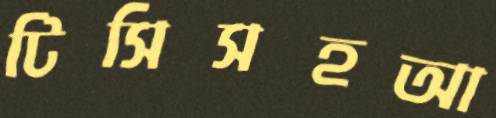
টিসিসহআ